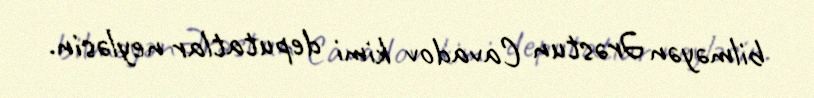
bilməyən Ərəstun Cavadov kimi deputatlar neyləsin.